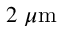
2 \ \mu \mathrm { m }